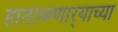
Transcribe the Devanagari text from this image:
हाताळणार्‍याच्या